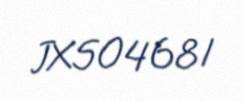
JX504681